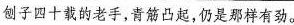
刨子四十载的老手，青筋凸起，仍是那样有劲。